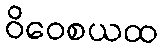
ဝိဝေစယထ